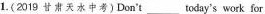
1.(2019 甘肃天水中考)Don't ___ today's work for